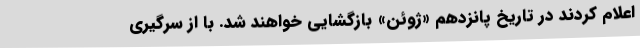
اعلام کردند در تاریخ پانزدهم «‌ژوئن» بازگشایی خواهند شد. با از سرگیری